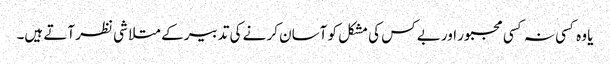
یا وہ کسی نہ کسی مجبور اور بے کس کی مشکل کو آسان کر نے کی تدبیر کے متلا شی نظر آتے ہیں۔